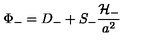
\Phi _ { - } = D _ { - } + S _ { - } \frac { \cal { H } _ { - } } { a ^ { 2 } }